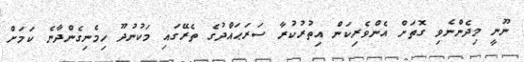
ނޫނީ މިދެންނެވި ގޮތަށް އެންވެރިކަން އިތުރުކުރާ ސަރަޙައްދުގެ ތެރޭގައި މަކުނުދޫ ހިމެނިގެންދާނެ ކަމަށް